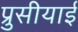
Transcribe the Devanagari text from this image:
प्रुसीयाई